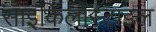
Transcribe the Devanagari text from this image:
साइकिलोस्टाइल